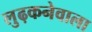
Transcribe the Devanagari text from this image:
लुढ़कनेवाला